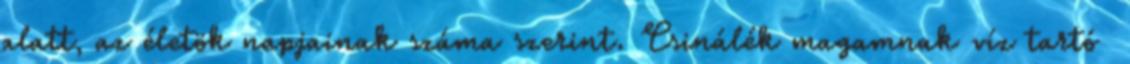
alatt, az életök napjainak száma szerint. Csinálék magamnak víz tartó